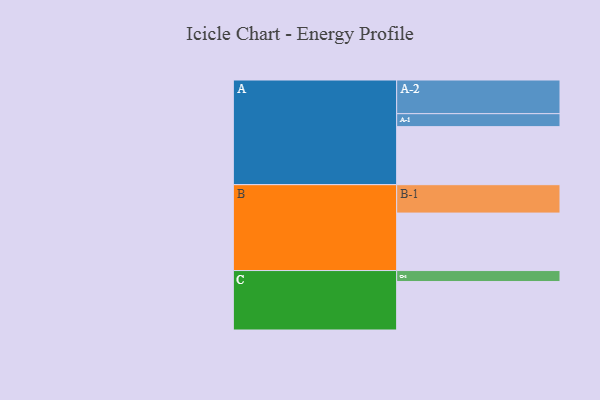
{"axis": {"x": "Segment", "y": "Value"}, "legend": ["", "A", "B", "C"], "data": [{"x": "A", "y": 417, "type": ""}, {"x": "B", "y": 413, "type": ""}, {"x": "C", "y": 348, "type": ""}, {"x": "A-1", "y": 93, "type": "A"}, {"x": "A-2", "y": 242, "type": "A"}, {"x": "B-1", "y": 204, "type": "B"}, {"x": "C-1", "y": 79, "type": "C"}]}